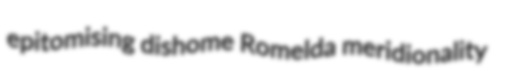
epitomising dishome Romelda meridionality